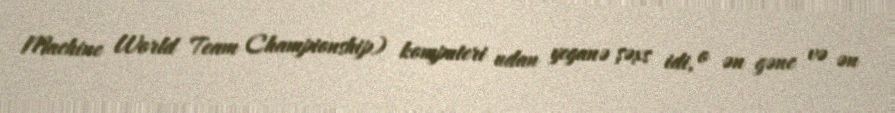
Machine World Team Championship) komputeri udan yeganə şəxs idi, o ən gənc və ən